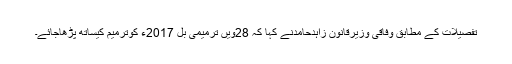
تفصیلات کے مطابق وفاقی وزیرقانون زاہدحامدنے کہا کہ 28ویں ترمیمی بل 2017ء کوترمیم کیساتھ پڑھاجائے۔